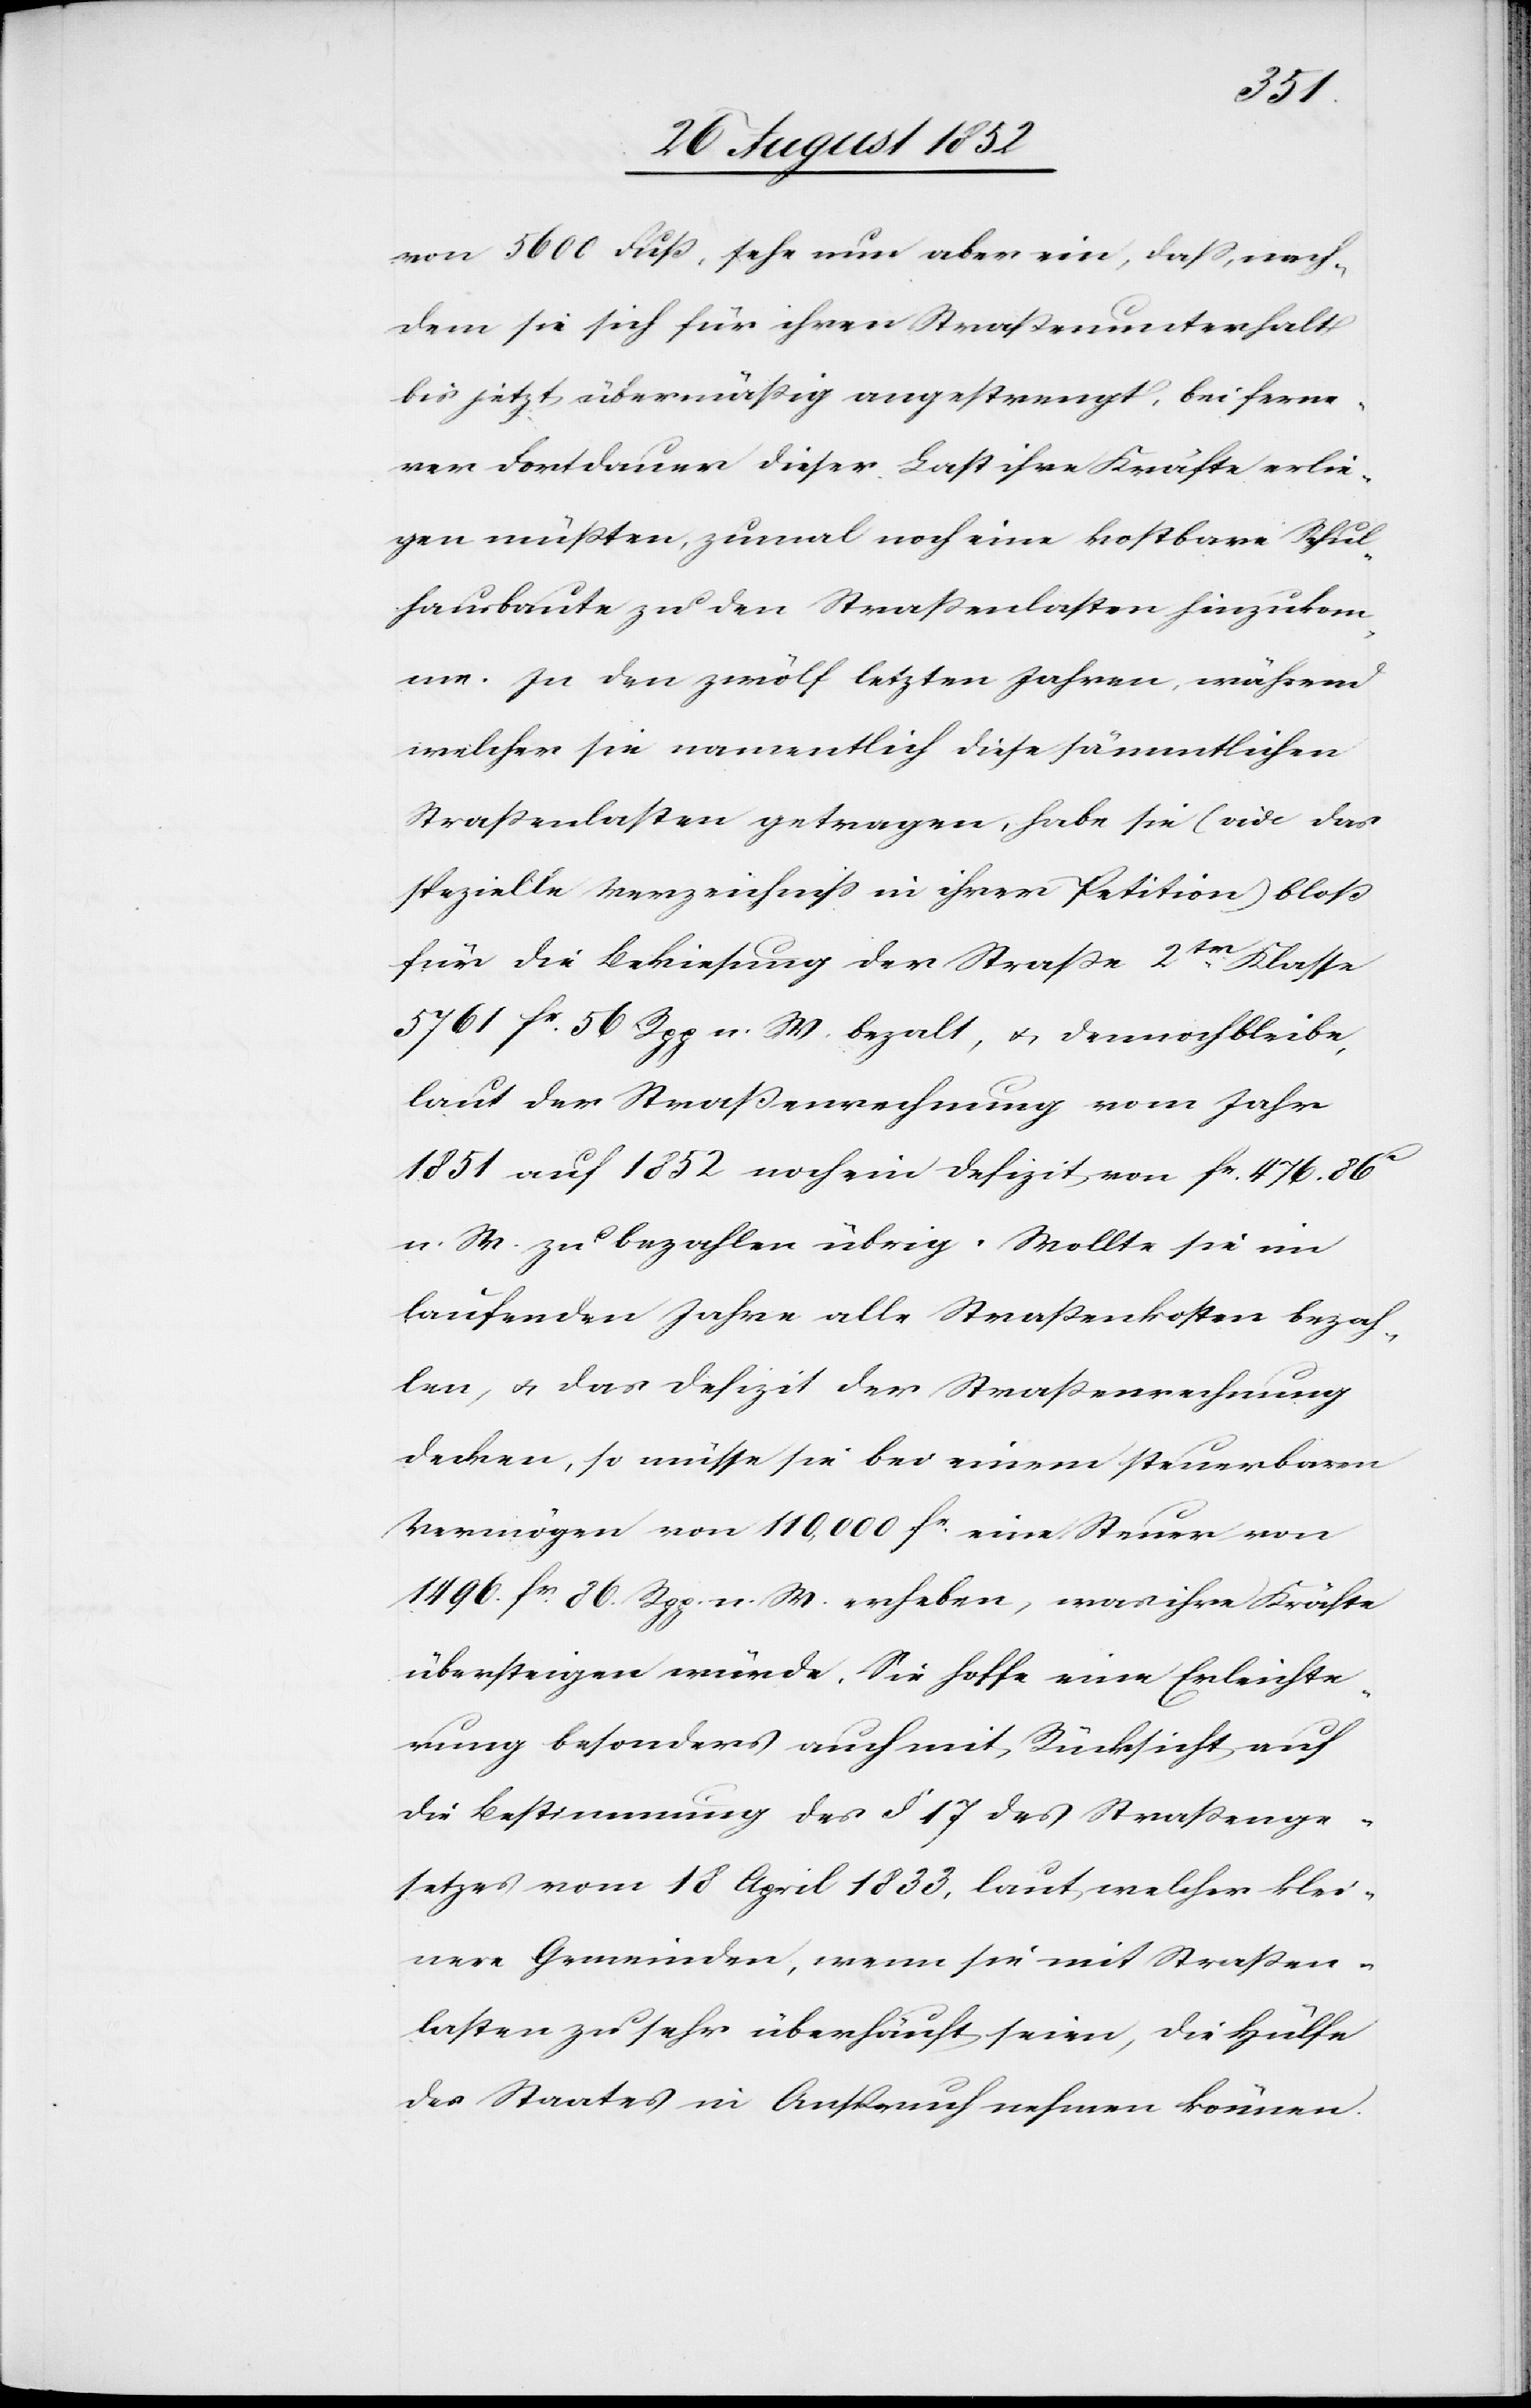
von 5600 Fuß, sehe nun aber ein, dass, nach¬
dem sie sich für ihren Straßenunterhalt
bis jetzt übermäßig angestrengt, bei ferne¬
rer Fortdauer dieser Last ihre Kräfte erlie¬
gen müßten, zumal noch eine kostbare Schul¬
hausbaute zu den Straßenlasten hinzukom¬
me. In den zwölf letzten Jahren, während
welcher sie namentlich diese sämmtlichen
Straßenlasten getragen, habe sie (vide das
spezielle Verzeichniss in ihrer Petition) bloß
für die Bekiesung der Straße 2tr Klasse
5761 fr. 56 Rpp n. W. beza[h]lt, & dennoch bleibe,
laut der Straßenrechnung vom Jahr
1851 auf 1852 noch ein Defizit von fr. 476. 86c
n. W. zu bezahlen übrig. Wollte sie im
laufenden Jahre alle Straßenkosten bezah¬
len, & das Defizit der Straßenrechnung
decken, so müsse sie bei einem steuerbaren
Vermögen von 110,000 fr. eine Steuer von
1496. fr. 86. Rpp. n. W. erheben, was ihre Kräfte
übersteigen würde. Sie hoffe [auf] eine Erleichte¬
rung besonders auch mit Rücksicht auf
die Bestimmung des § 17 des Straßenge¬
setzes vom 18 April 1833, laut welcher klei¬
nere Gemeinden, wenn sie mit Straßen¬
lasten zu sehr überhäuft seien, die Hülfe
des Staates in Anspruch nehmen können.